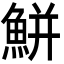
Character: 鮩